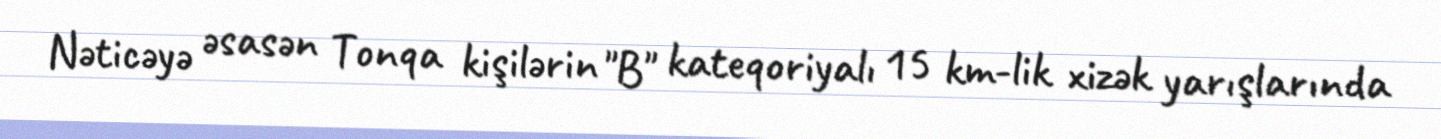
Nəticəyə əsasən Tonqa kişilərin "B" kateqoriyalı 15 km-lik xizək yarışlarında